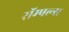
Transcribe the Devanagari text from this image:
सॅम्पल्स